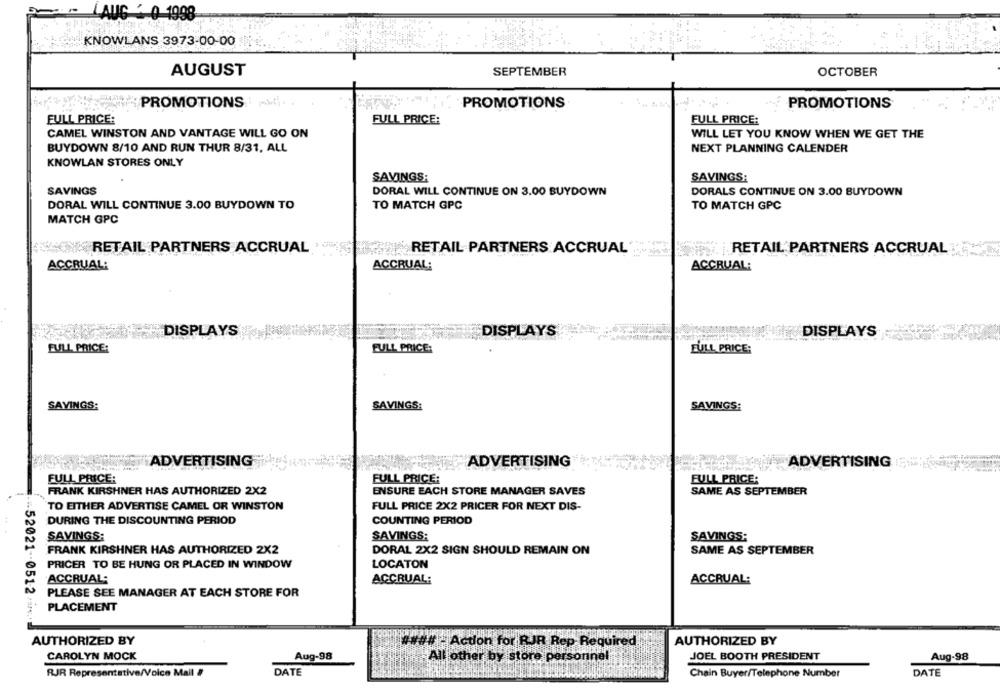
LAUG - 0 1998
KNOWLANS 3973-00-00
AUGUST
SEPTEMBER
OCTOBER
PROMOTIONS
PROMOTIONS
PROMOTIONS
FULL PRICE:
FULL PRICE:
FULL PRICE:
CAMEL WINSTON AND VANTAGE WILL GO ON
WILL LET YOU KNOW WHEN WE GET THE
BUYDOWN 8/10 AND RUN THUR 8/31, ALL
NEXT PLANNING CALENDER
KNOWLAN STORES ONLY
SAVINGS:
SAVINGS:
SAVINGS
DORAL WILL CONTINUE ON 3.00 BUYDOWN
DORALS CONTINUE ON 3.00 BUYDOWN
DORAL WILL CONTINUE 3.00 BUYDOWN TO
TO MATCH GPC
TO MATCH GPC
MATCH GPC
RETAIL PARTNERS ACCRUAL
RETAIL PARTNERS ACCRUAL
RETAIL PARTNERS ACCRUAL
ACCRUAL:
ACCRUAL:
ACCRUAL:
DISPLAYS
DISPLAYS
DISPLAYS
FULL PRICE:
FULL PRICE:
FULL PRICE:
SAVINGS:
SAVINGS:
SAVINGS:
ADVERTISING
ADVERTISING
ADVERTISING
FULL PRICE:
FULL PRICE:
FULL PRICE:
FRANK KIRSHNER HAS AUTHORIZED 2X2
ENSURE EACH STORE MANAGER SAVES
SAME AS SEPTEMBER
FULL PRICE 2X2 PRICER FOR NEXT DIS-
TO EITHER ADVERTISE CAMEL OR WINSTON
DURING THE DISCOUNTING PERIOD
COUNTING PERIOD
SAVINGS:
SAVINGS:
SAVINGS:
FRANK KIRSHNER HAS AUTHORIZED 2X2
DORAL 2X2 SIGN SHOULD REMAIN ON
SAME AS SEPTEMBER
PRICER TO BE HUNG OR PLACED IN WINDOW
LOCATON
ACCRUAL:
ACCRUAL:
ACCRUAL:
PLEASE SEE MANAGER AT EACH STORE FOR
PLACEMENT
-52021 -- 051-2 +3/71
AUTHORIZED BY
AUTHORIZED BY
#### - Action for RJR Rep Required
CAROLYN MOCK
Aug-98
JOEL BOOTH PRESIDENT
Aug-98
All other by store personnel
DATE
DATE
RJR Representative/Voice Mail #
Chain Buyer/Telephone Number